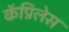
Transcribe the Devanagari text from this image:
कॅप्रिलेस